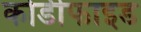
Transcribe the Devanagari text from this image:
कोडीफाइड